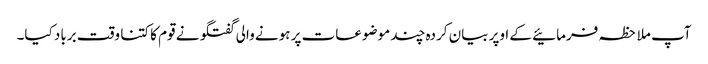
آپ ملاحظہ فرمائیے کے اوپر بیان کردہ چند موضوعات پر ہونے والی گفتگو نے قوم کا کتنا وقت برباد کیا۔